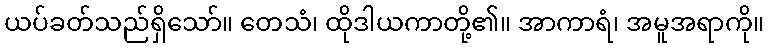
ယပ်ခတ်သည်ရှိသော်။ တေသံ၊ ထိုဒါယကာတို့၏။ အာကာရံ၊ အမူအရာကို။